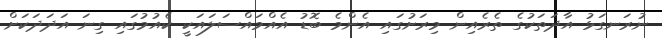
ނުރަނގަޅު އާދަތަކުގެ ތެރެއިން މިރަށުގައި އެންމެ ބޮޑު އެއްމައްސަލައަކީ ކެއުމުގައި ގިނަ އަދަދަކަށް